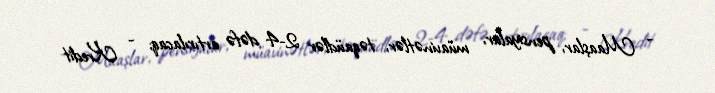
- Maaşlar, pensiyalar, müavinətlər, təqaüdlər 2-4 dəfə artırılacaq; - Kredit